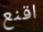
اقنع